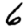
Digit: 6